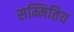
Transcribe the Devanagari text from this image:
सम्मितिय